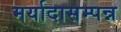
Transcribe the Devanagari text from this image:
मर्यादासम्पन्न